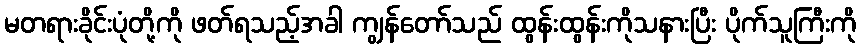
မတရားခိုင်းပုံတို့ကို ဖတ်ရသည့်အခါ ကျွန်တော်သည် ထွန်းထွန်းကိုသနားပြီး ပိုက်သူကြီးကို